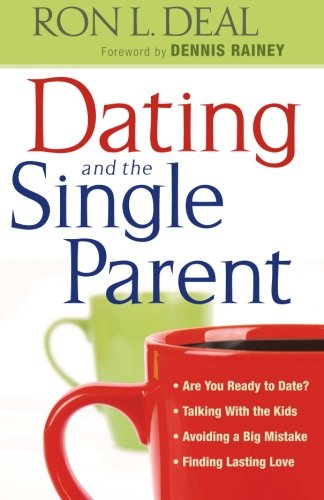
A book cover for Dating and the Single Parent: * Are You Ready to Date?  * Talking With the Kids   * Avoiding a Big Mistake  * Finding Lasting Love; Ron L. Deal; Parenting & Relationships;